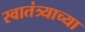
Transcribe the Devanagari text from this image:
स्‍वातंत्र्याच्‍या